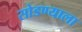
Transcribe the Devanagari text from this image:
सोडण्याला